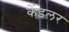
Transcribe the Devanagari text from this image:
केंडलर